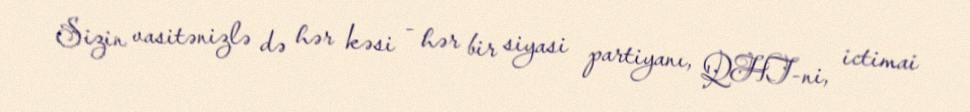
Sizin vasitənizlə də hər kəsi - hər bir siyasi partiyanı, QHT-ni, ictimai